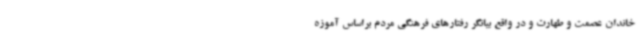
خاندان عصمت و طهارت و در واقع بیانگر رفتارهای فرهنگی مردم براساس آموزه